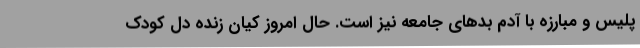
پلیس و مبارزه با آدم بدهای جامعه نیز است. حال امروز کیان زنده دل کودک